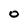
Character: 0